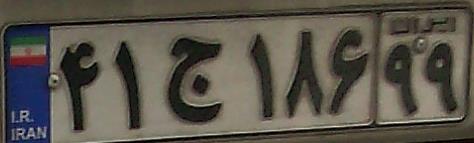
۴۱ج۱۸۶۹۹